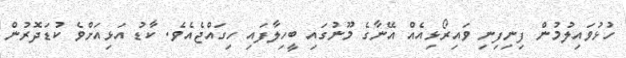
ހުޅުވައިލުމުން ފިނިފިނި ވައިރޯޅިއެއް އޭނާގެ މޫނުގައި ބީހިލާފައި ހިގައްޖެއެވެ. ކާޑު އަޅިއަށްވެ ކުޑަދޮރުން